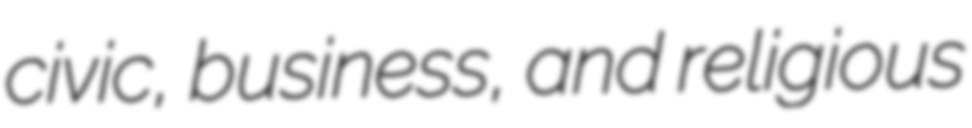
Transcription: civic, business, and religious